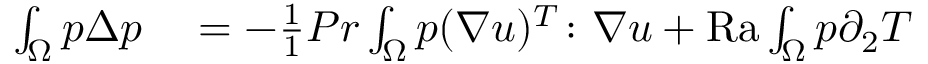
\begin{array} { r l } { \int _ { \Omega } p \Delta p } & { { } = - \frac { 1 } { 1 } { { P r } } \int _ { \Omega } p ( \nabla u ) ^ { T } \colon \nabla u + \mathrm { { R a } } \int _ { \Omega } p \partial _ { 2 } T } \end{array}